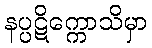
နပ္ပဋိက္ကောသိမှာ